Eliaser,_Agnia_(Rutt)_ja_Elga, lk 38
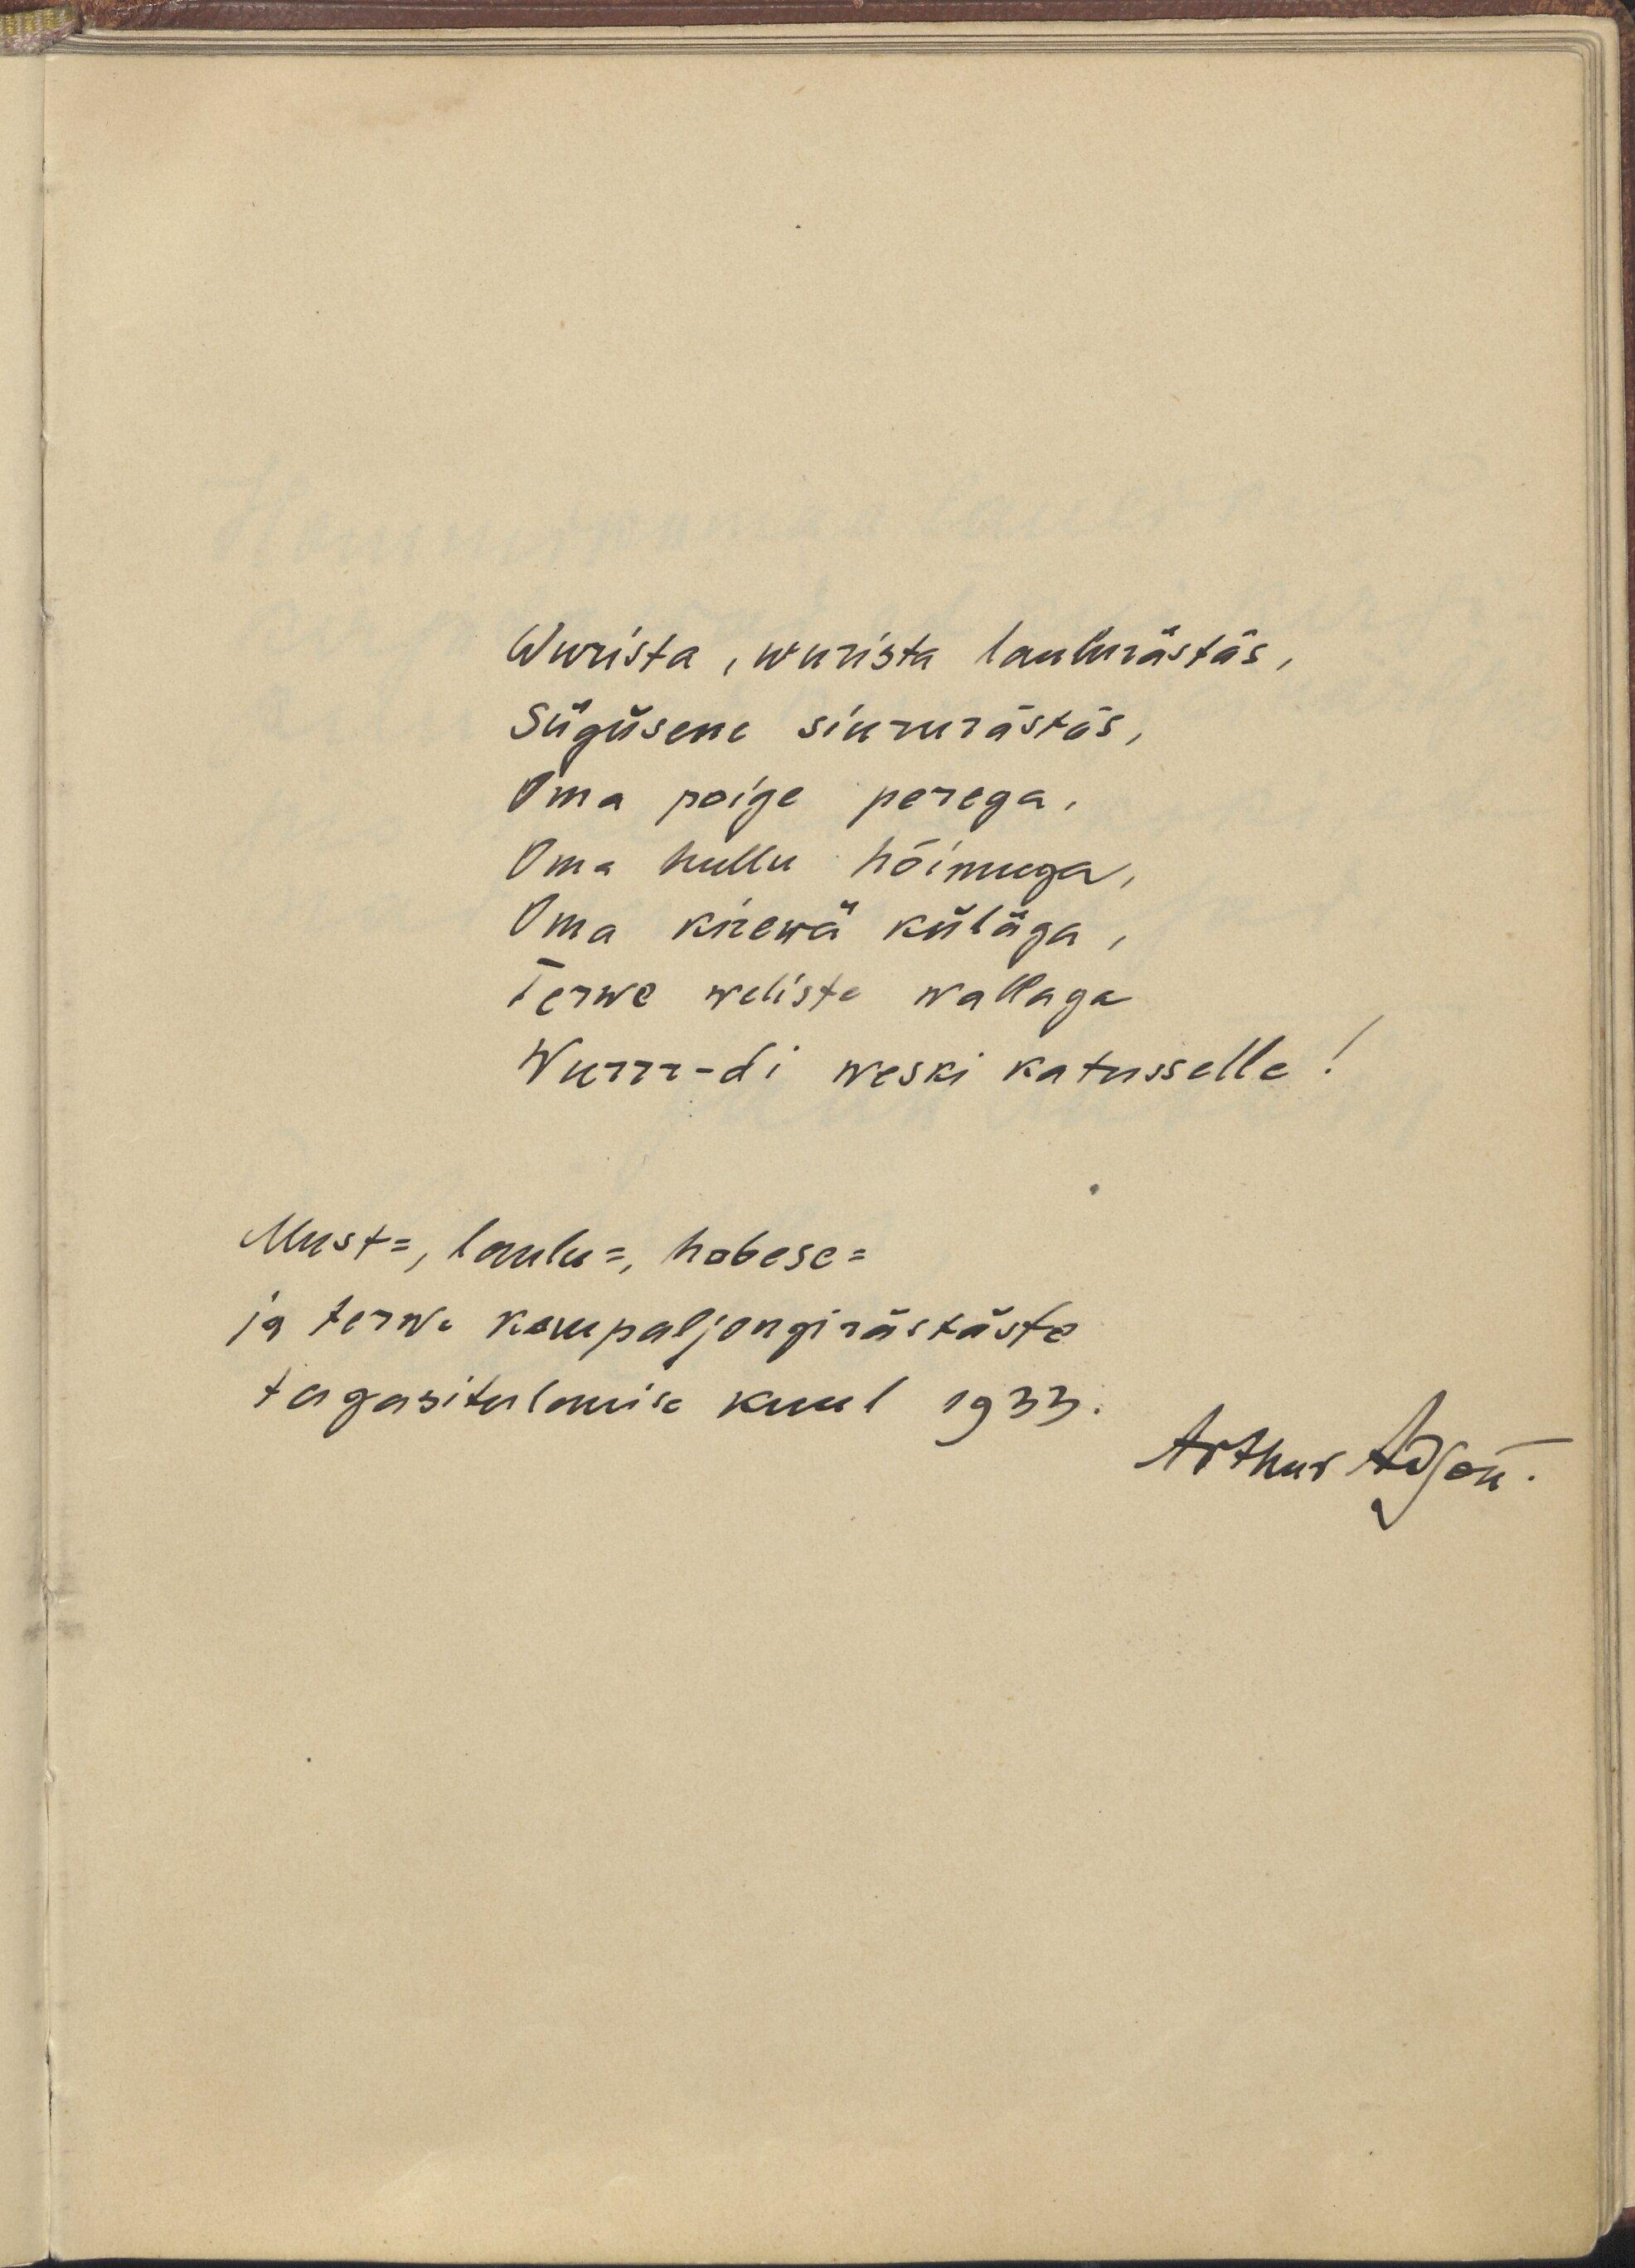
Wurista, wurista laulurästäs,
Sügüsene siururästäs,
Oma poige perega,
Oma hullu hõimuga,
Oma kirewa küläga,
Terwe weliste wallaga
Wurr-di weski katusselle!
Must-, laulu-, hobese-
ja terwe kompaljongirästäste
tagasitulemise kuul 1933.
Arthur Adjon.